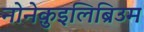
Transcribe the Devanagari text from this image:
नोनेक़ुइलिब्रिउम